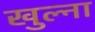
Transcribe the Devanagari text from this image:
खुल्ना